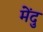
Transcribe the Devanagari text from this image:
मेंदु